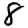
Digit: 8